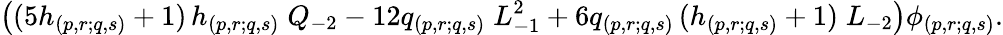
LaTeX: \left((5h_{(p,r;q,s)}+1)\, h_{(p,r;q,s)}\; Q_{-2}-12q_{(p,r;q,s)}\; L_{-1}^{2}+6q_{(p,r;q,s)}\, (h_{(p,r;q,s)}+1)\; L_{-2}\right)\phi_{(p,r;q,s)}.